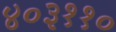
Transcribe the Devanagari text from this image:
४०३११०